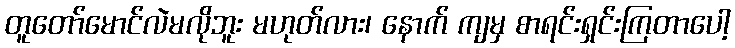
တူတော်မောင်လဲမလိုဘူး မဟုတ်လား၊ နောက် ကျမှ စာရင်းရှင်းကြတာပေါ့